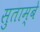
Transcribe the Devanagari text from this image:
सुताम्बे